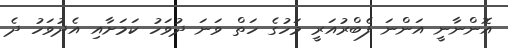
އޮންނާނީ އަންނަ ފެބްރުއަރީ މަހުގެ ހަތް ވަނަ ދުވަހު ކަމަށާއި އެދުވަހު ދެ